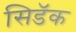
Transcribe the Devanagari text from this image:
सिडॅक